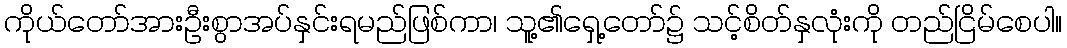
ကိုယ်တော်အားဦးစွာအပ်နှင်းရမည်ဖြစ်ကာ၊ သူ့၏ရှေ့တော်၌ သင့်စိတ်နှလုံးကို တည်ငြိမ်စေပါ။